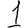
Digit: 1